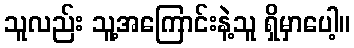
သူလည်း သူ့အကြောင်းနဲ့သူ ရှိမှာပေါ့။